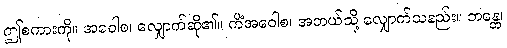
ဤစကားကို။ အဝေါစ၊ လျှောက်ဆို၏။ ကိံအဝေါစ၊ အဘယ်သို့ လျှောက်သနည်း။ ဘန္တေ၊